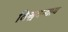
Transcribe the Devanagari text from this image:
विश्ववन्द्याय